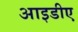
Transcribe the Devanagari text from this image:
आइडीए